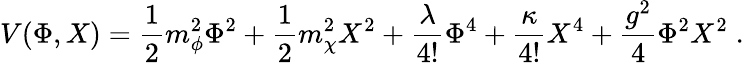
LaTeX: V(\Phi,X)=\frac 12m_{\phi}^{2}\Phi^{2}+\frac 12m_{\chi}^{2}X^{2}+\frac{\lambda}{4!}\Phi^{4}+\frac{\kappa}{4!}X^{4}+\frac{g^{2}}{4}\Phi^{2}X^{2}\; .